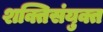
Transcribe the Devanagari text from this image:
शक्तिसंयुक्त